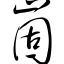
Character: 崮